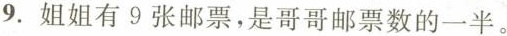
9.姐姐有9张邮票，是哥哥邮票数的一半。